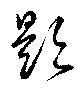
題